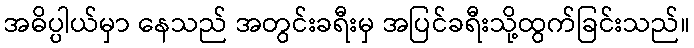
အဓိပ္ပါယ်မှာ နေသည် အတွင်းခရီးမှ အပြင်ခရီးသို့ထွက်ခြင်းသည်။